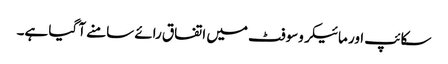
سکائپ اور مائیکروسوفٹ میں اتفاق رائے سامنے آ گیا ہے۔